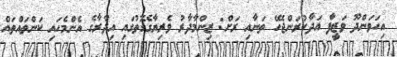
އިހަވަންދޫ ވަޒީފާ އަދާކުރަންޖެހޭ ތަނާއި ރަށް: ޒިންމާދާރު ވެރިޔާގެގޮތުގައި އިދާރާގެ އެންމެހައި ކަންތައްތައް